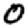
Digit: 0